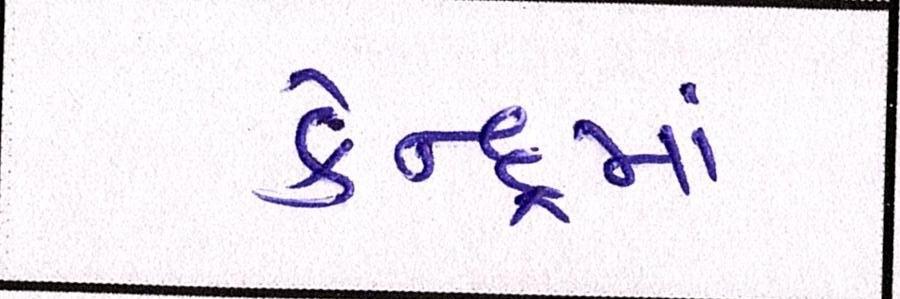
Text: કેન્દ્રમાં